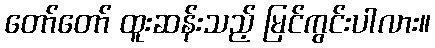
တော်တော် ထူးဆန်းသည့် မြင်ကွင်းပါလား။